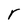
Character: r